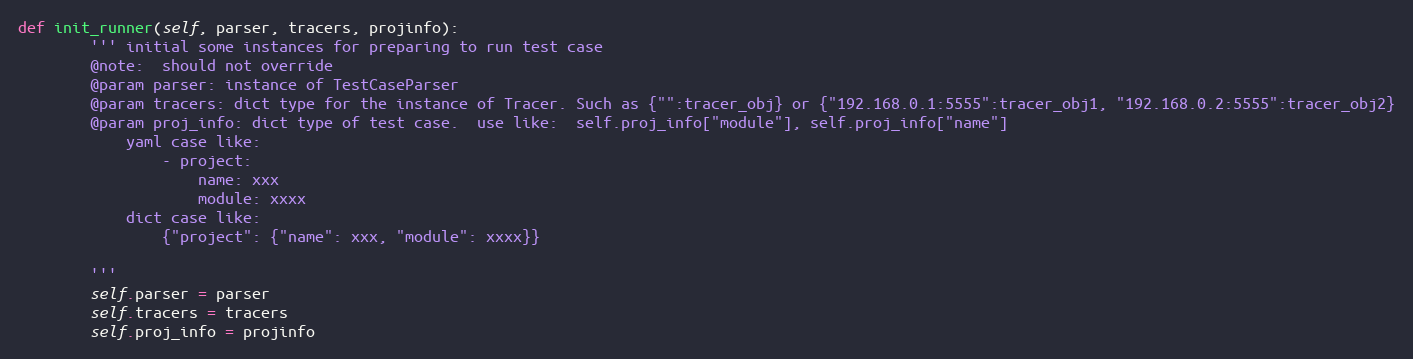
Language: Python
def init_runner(self, parser, tracers, projinfo):
        ''' initial some instances for preparing to run test case
        @note:  should not override
        @param parser: instance of TestCaseParser
        @param tracers: dict type for the instance of Tracer. Such as {"":tracer_obj} or {"192.168.0.1:5555":tracer_obj1, "192.168.0.2:5555":tracer_obj2}
        @param proj_info: dict type of test case.  use like:  self.proj_info["module"], self.proj_info["name"]
            yaml case like:
                - project:
                    name: xxx
                    module: xxxx
            dict case like:
                {"project": {"name": xxx, "module": xxxx}}

        '''
        self.parser = parser
        self.tracers = tracers
        self.proj_info = projinfo